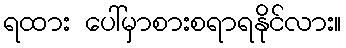
ရထား ပေါ်မှာစားစရာရနိုင်လား။